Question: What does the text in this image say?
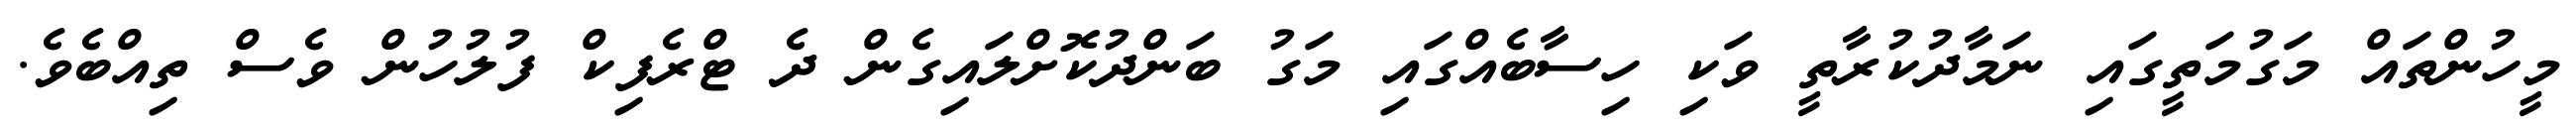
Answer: މީހުންތައް މަގުމަތީގައި ނަމާދުކުރާތީ ވަކި ހިސާބެއްގައި މަގު ބަންދުކޮށްލައިގެން ދެ ޓްރެފިކް ފުލުހުން ވެސް ތިއްބެވެ.